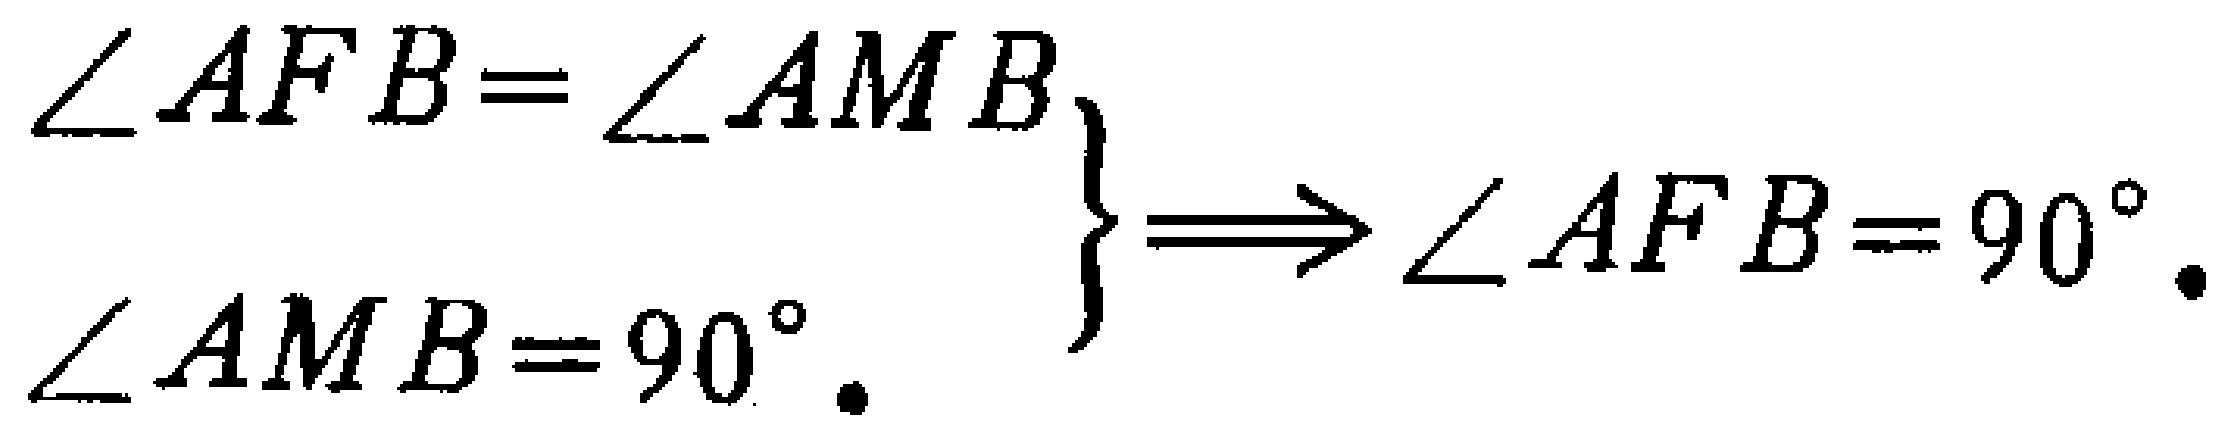
$\left.\begin{array}{l}

\angle AFB=\angle AMB \\

\angle AMB = 90^{\circ}.

\end{array}\right\} \Longrightarrow \angle AFB = 90^{\circ}.$